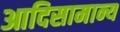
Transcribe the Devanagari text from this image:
आदिसामान्य